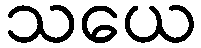
သယေ